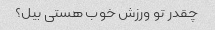
چقدر تو ورزش خوب هستی بیل؟